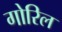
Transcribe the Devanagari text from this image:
गोरिल